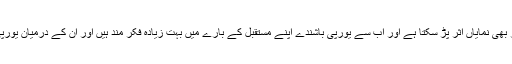
تفرشی کا کہنا ہے کہ کرونا وائرس کا یورپی یونین پر بھی نمایاں اثر پڑ سکتا ہے اور اب سے یورپی باشندے اپنے مستقبل کے بارے میں بہت زیادہ فکر مند ہیں اور ان کے درمیان یورپی یونین کے مستقبل کے بارے میں شدید اختلافات ہیں۔